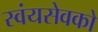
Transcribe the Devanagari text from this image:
स्वंयसेवको